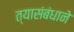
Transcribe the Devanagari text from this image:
त्यासंबंधाने